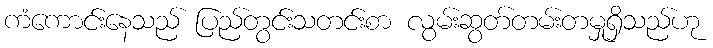
ကံကောင်းနေသည် ပြည်တွင်းသတင်းစာ လွမ်းဆွတ်တမ်းတမှုရှိသည်ဟု